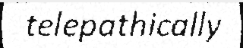
telepathically